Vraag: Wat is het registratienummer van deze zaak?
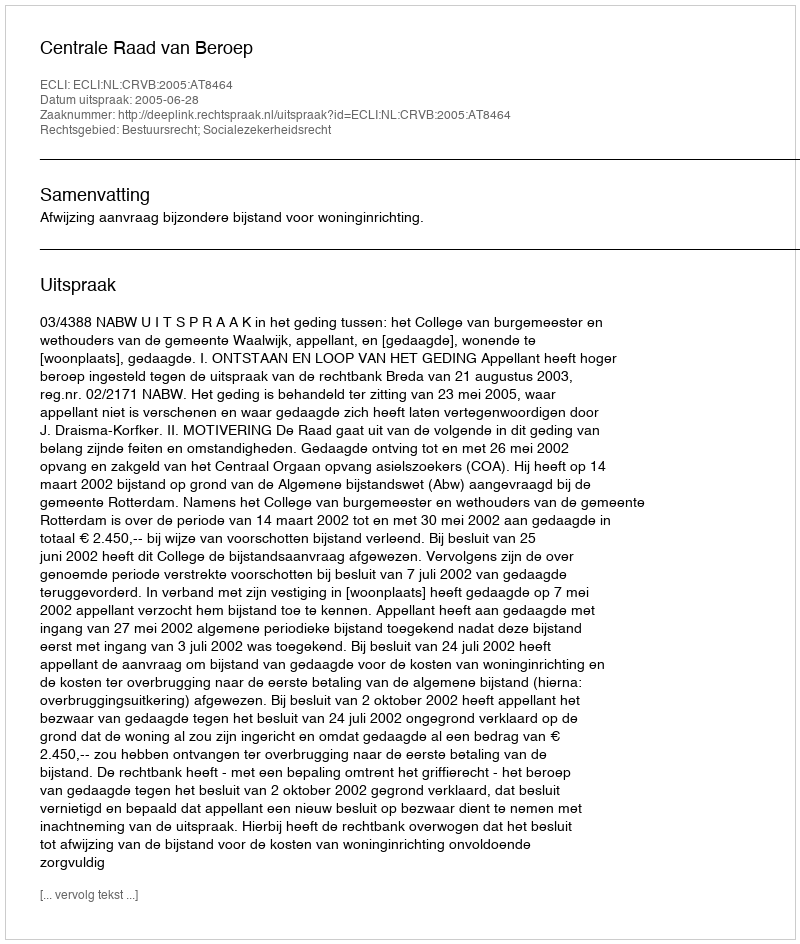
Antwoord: http://deeplink.rechtspraak.nl/uitspraak?id=ECLI:NL:CRVB:2005:AT8464